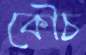
কৌচ